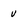
Character: v